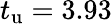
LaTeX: t_{\mathrm{u}}=3.93